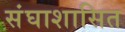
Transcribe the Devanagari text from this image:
संघाशासित